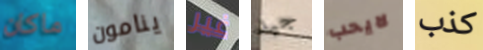
ماكان ينامون غير جيد لايحب كذب